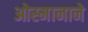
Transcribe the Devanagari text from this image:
ओस्मानाने